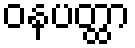
ဝနပတ္ထာ